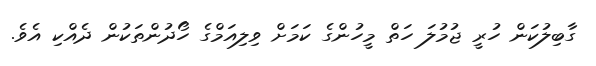
ގާބިލުކަން ހުރީ ޖުމުލަ ހަތް މީހުންގެ ކަމަށް ވިލިއަމްގެ ހޯދުންތަކުން ދެއްކި އެވެ.